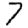
Digit: 7